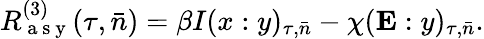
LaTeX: R_{\mathrm{~a~s~y~}}^{(3)}(\tau,\bar{n})=\beta I(x:y)_{\tau,\bar{n}}-\chi(\mathbf{E}:y)_{\tau,\bar{n}}.